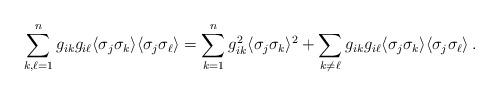
LaTeX: \begin{align*}\sum_{k,\ell=1}^n g_{ik}g_{i\ell} \langle \sigma_j\sigma_k\rangle\langle \sigma_j\sigma_{\ell}\rangle = \sum_{k=1}^n g_{ik}^2\langle \sigma_j\sigma_k\rangle^2 + \sum_{k\neq \ell} g_{ik}g_{i\ell}\langle \sigma_j\sigma_k\rangle\langle \sigma_j\sigma_{\ell}\rangle \, .\end{align*}